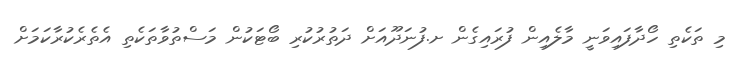
މި ތަކެތި ހޯދާފައިވަނީ މާލެއިން ފުރައިގެން ށ.ފުނަދޫއަށް ދަތުރުކުރި ބޯޓަކުން މަސްތުވާތަކެތި އެތެރެކުރާކަމަށް